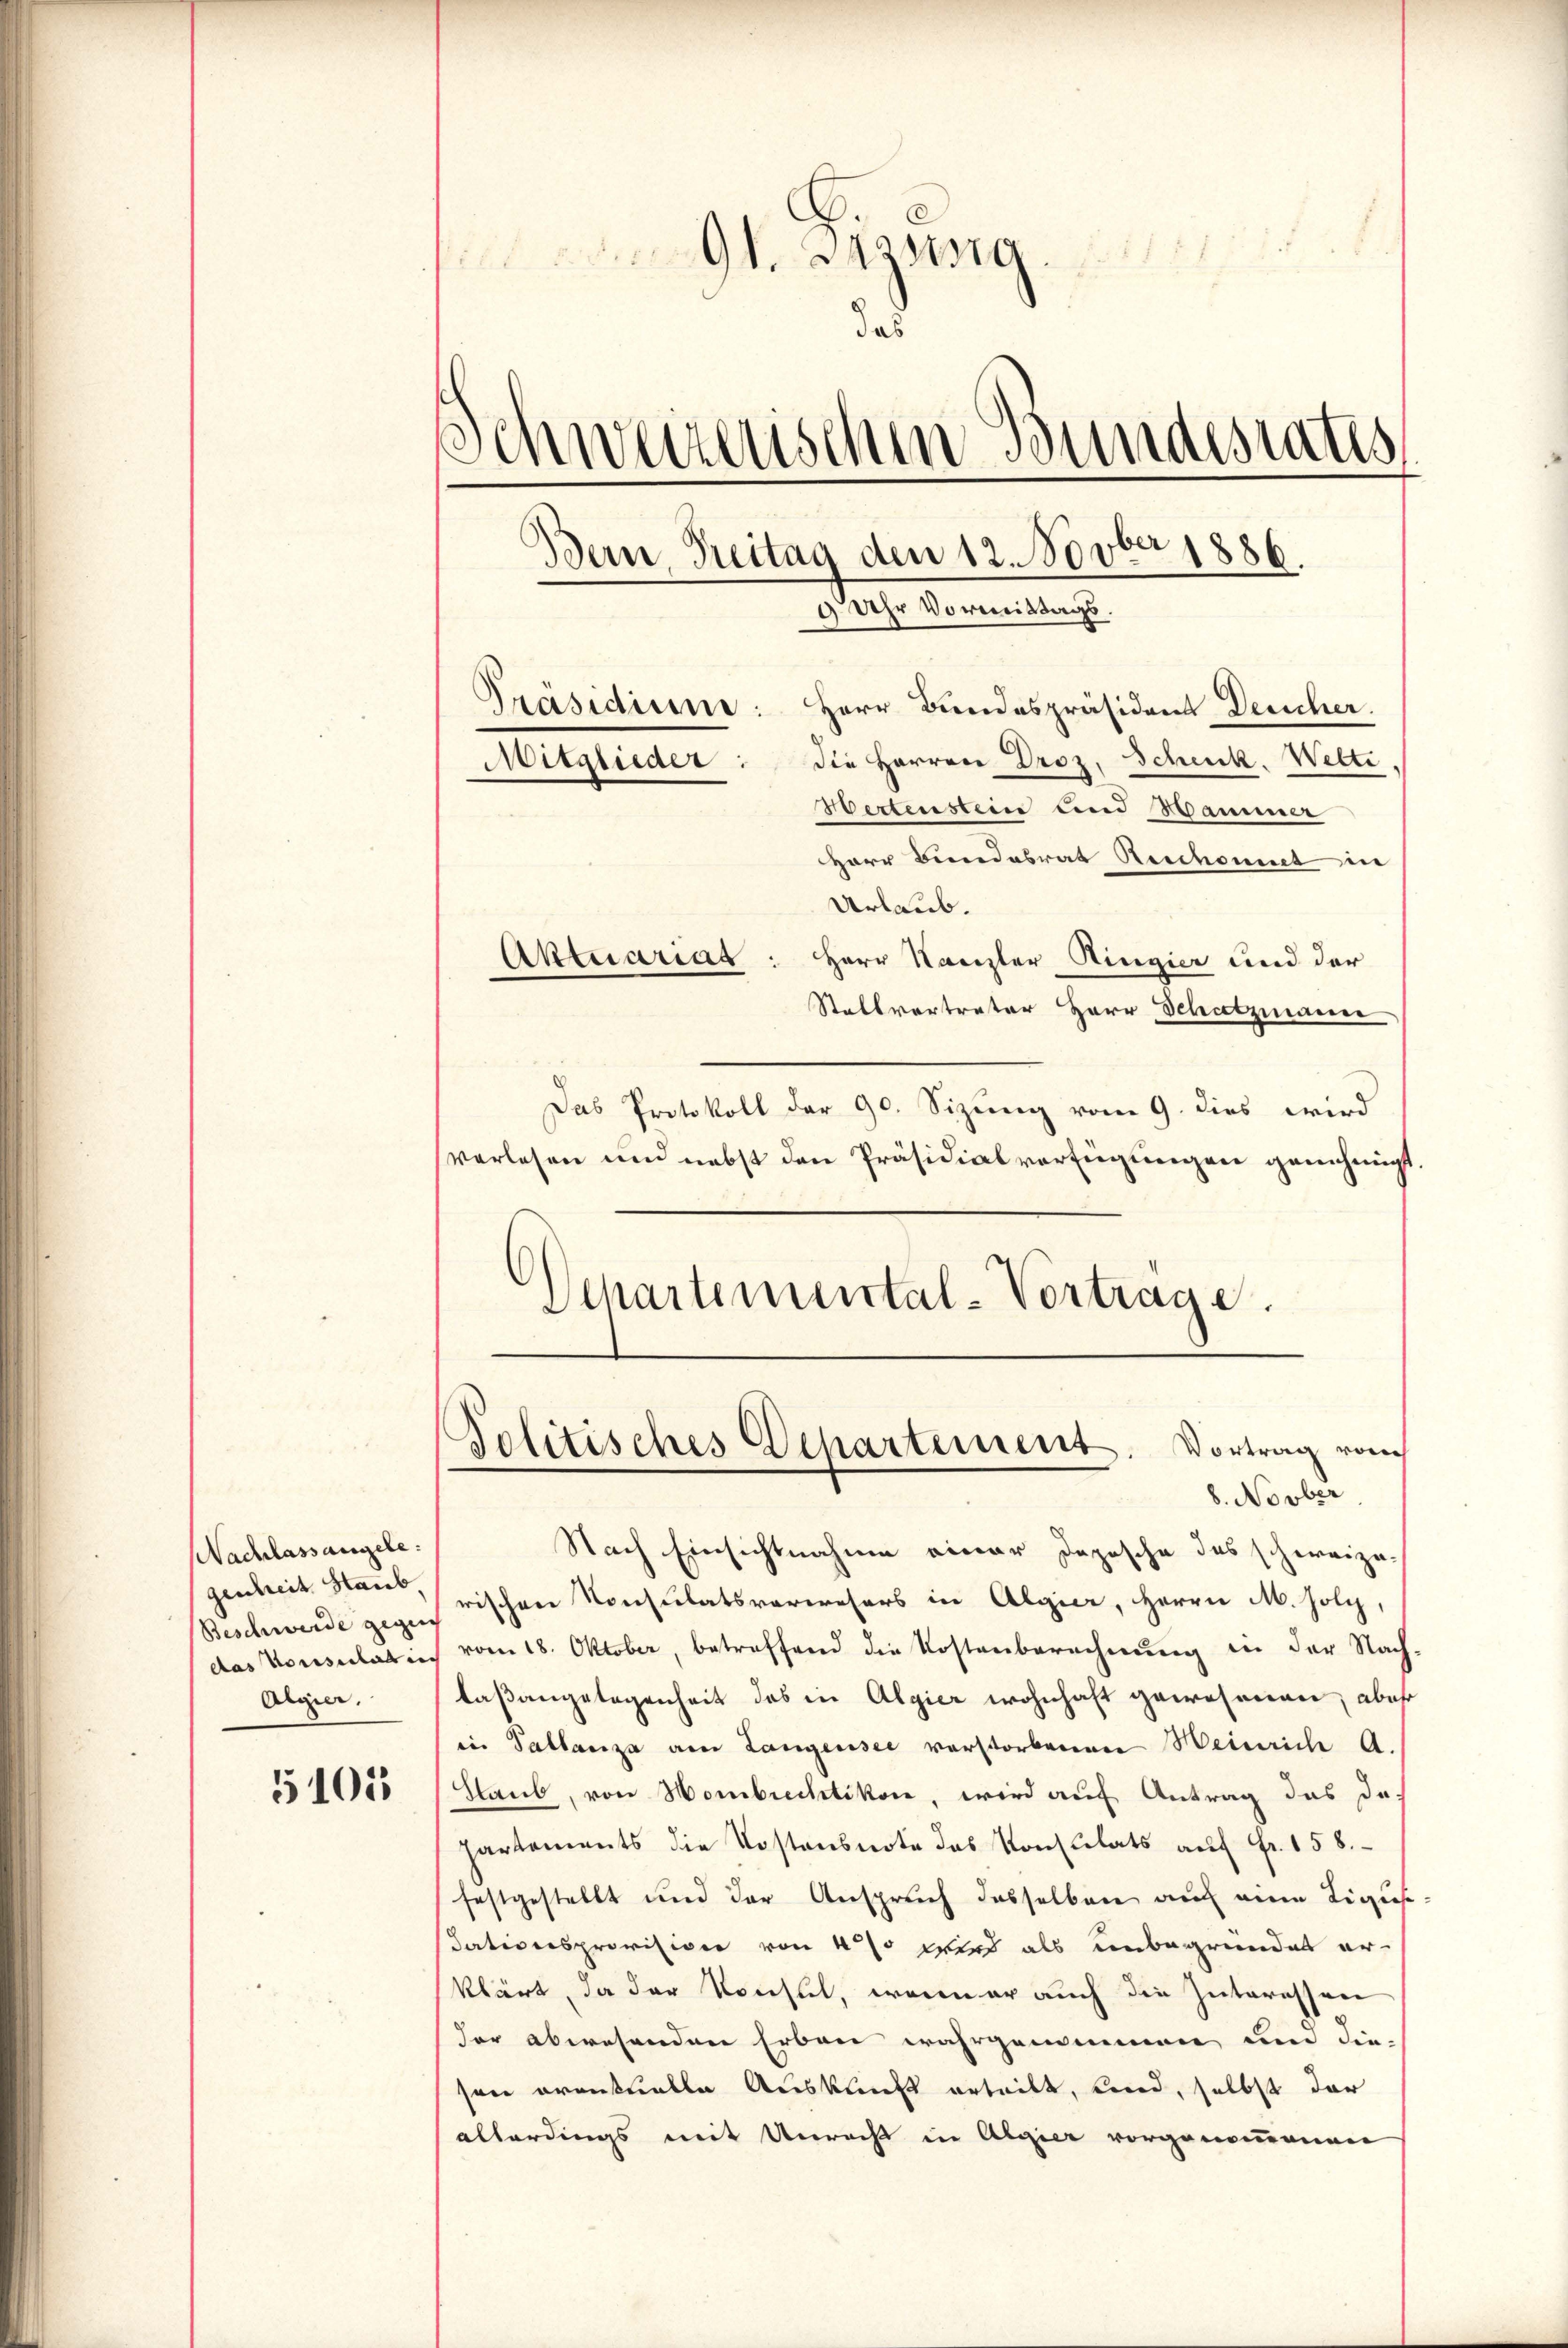
NNachlass angele:
genheit Staub.
Beschwerde gegen
Algier.

5101

Sagera
das
)
schweizerischen Bundesraths
Bern, Freitag den 12. Novber 1886.
 Uhr Vormittags.
Präsidium: Herr Bundespräsident Deucher.
Mitglieder: die Herren Droz. Scheck. Welti,
Wertenstein und Hammer

Herr Bundesrat Reschont in
Urlaub.
Herr Kanzler Ringier und der
Stallvertreter Herr Schatzmauer
Das Protokoll der 90. Sizung vom 9. dies wird
verlesen und nebst den Präsidialverfügungen genehmigt.
Schartemental-Vorträge.

Aktuariat

Politisches Departement. Vortrag von
8. Novber

Nach Einsichtnahme einer Depesche des schweize
rischen Konsulatsverwesers in Algier, Herrn M. folg,
das Konsulatin vom 18. Oktober, betreffend die Kostenberechnung in der Nach-
laßangelegenheit das in Algier wohnhaft gewesenen, aber
in Pallanza am Langensee vorstorbenen Heinrich A.
Staub, von Hombrechtikon, wird auf Antrag das da-
Partements die Kostensnote das Konsulats aŭf Fr. 158.
festgestellt und der Anspruch dasselben auf eine Liguse-
dativersprovision von 4 % wird als unbegründet erklärt, da der Konsul, wenn er auch die Interessen
der abwesenden Erbau wahrgenommen und die-
soie eventuelle Auskunft erteilt, und, selbst der
allerdings mit Unrecht in Algier vorgenommenen